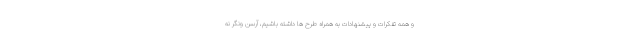
و همه تفکرات و پیشنهادات به همراه طرح ها داشته باشیم، آرسن ونگر نه